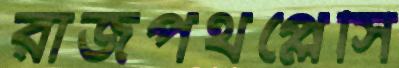
রাজপথপ্লেসি